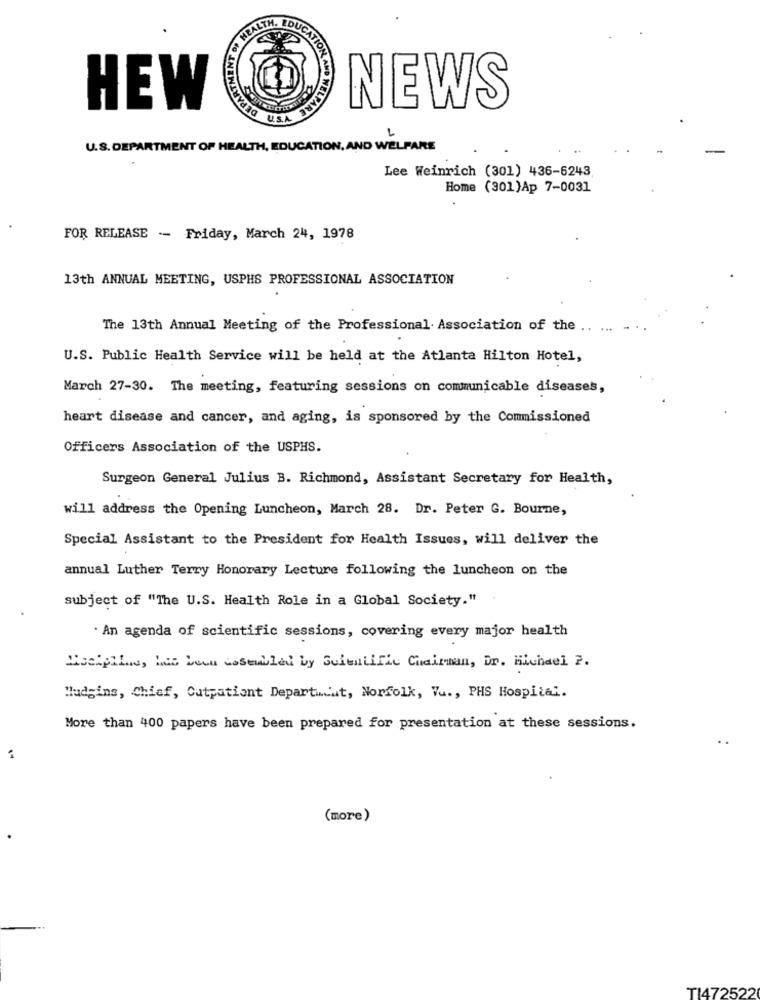
DERAL
HEW
WELFARE
NEWS
USA
U.S. DEPARTMENT OF HEALTH, EDUCATION, AND WELFARE
Lee Weinrich (301) 436-6243
Home (301)Ap 7-0031
FOR RELEASE -- Friday, March 24, 1978
13th ANNUAL MEETING, USPHS PROFESSIONAL ASSOCIATION
The 13th Annual Meeting of the Professional. Association of the ..
U.S. Public Health Service will be held at the Atlanta Hilton Hotel,
March 27-30. The meeting, featuring sessions on communicable diseases,
heart disease and cancer, and aging, is sponsored by the Commissioned
Officers Association of the USPHS.
Surgeon General Julius B. Richmond, Assistant Secretary for Health,
will address the Opening Luncheon, March 28. Dr. Peter G. Bourne,
Special Assistant to the President for Health Issues, will deliver the
annual Luther Terry Honorary Lecture following the luncheon on the
subject of "The U.S. Health Role in a Global Society."
An agenda of scientific sessions, covering every major health
Hisciplin, has been assembled by Scientific Chairman, Dr. Michael ?.
Hudgins, Chief, Cutpatient Department, Norfolk, Vu ., PHS Hospital.
More than 400 papers have been prepared for presentation at these sessions.
..
(more)
TI472522